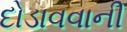
દોડાવવાની